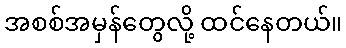
အစစ်အမှန်တွေလို့ ထင်နေတယ်။